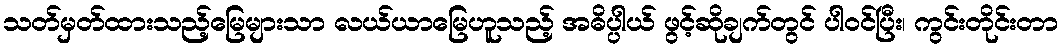
သတ်မှတ်ထားသည့်မြေများသာ လယ်ယာမြေဟူသည့် အဓိပ္ပါယ် ဖွင့်ဆိုချက်တွင် ပါဝင်ပြီး၊ ကွင်းတိုင်းတာ